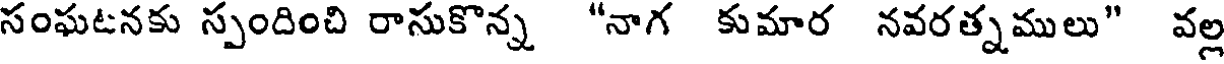
సంఘటనకు స్పందించి రాసుకొన్న "నాగ కుమార నవరత్నములు" వల్ల